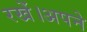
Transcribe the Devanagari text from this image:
रखें।अपने